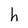
Character: h